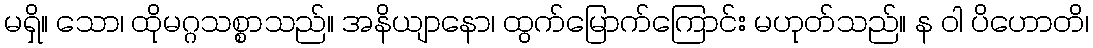
မရှိ။ သော၊ ထိုမဂ္ဂသစ္စာသည်။ အနိယျာနော၊ ထွက်မြောက်ကြောင်း မဟုတ်သည်။ န ဝါ ပိဟောတိ၊